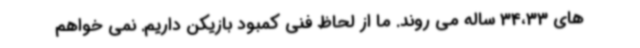
های 34،33 ساله می‌ روند. ما از لحاظ فنی کمبود بازیکن داریم. نمی خواهم